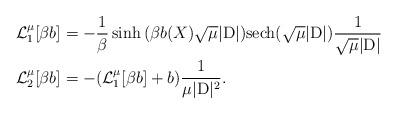
LaTeX: \begin{align*} \mathcal{L}_{1}^{\mu}[\beta b] & = - \frac{1}{\beta}\sinh{(\beta b(X) \sqrt{\mu}|\mathrm{D}|)}\mathrm{sech}(\sqrt{\mu}|\mathrm{D}|)\dfrac{1}{\sqrt{\mu}|\mathrm{D}|} \\ \mathcal{L}_{2}^{\mu}[\beta b] & = -(\mathcal{L}_{1}^{\mu}[\beta b] + b) \frac{1}{\mu |\mathrm{D}|^2}. \end{align*}